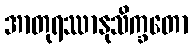
အာတုရဿာနုသိက္ခတော